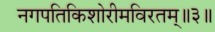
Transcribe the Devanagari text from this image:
नगपतिकिशोरीमविरतम्॥३॥